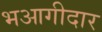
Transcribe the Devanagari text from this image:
भआगीदार